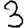
Digit: 3